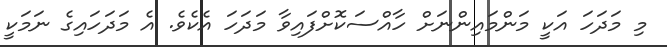
މި މަދަހަ އަކީ މަންމައިންނަށް ހާއްސަކޮށްފައިވާ މަދަހަ އެކެވެ. އެ މަދަހައިގެ ނަމަކީ